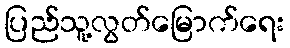
ပြည်သူ့လွတ်မြောက်ရေး